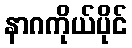
နာဂကိုယ်ပိုင်